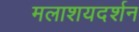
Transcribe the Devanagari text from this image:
मलाशयदर्शन